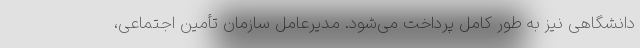
دانشگاهی نیز به طور کامل پرداخت می‌شود. مدیرعامل سازمان تأمین اجتماعی،